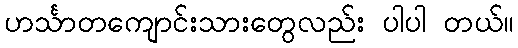
ဟင်္သာတကျောင်းသားတွေလည်း ပါပါ တယ်။